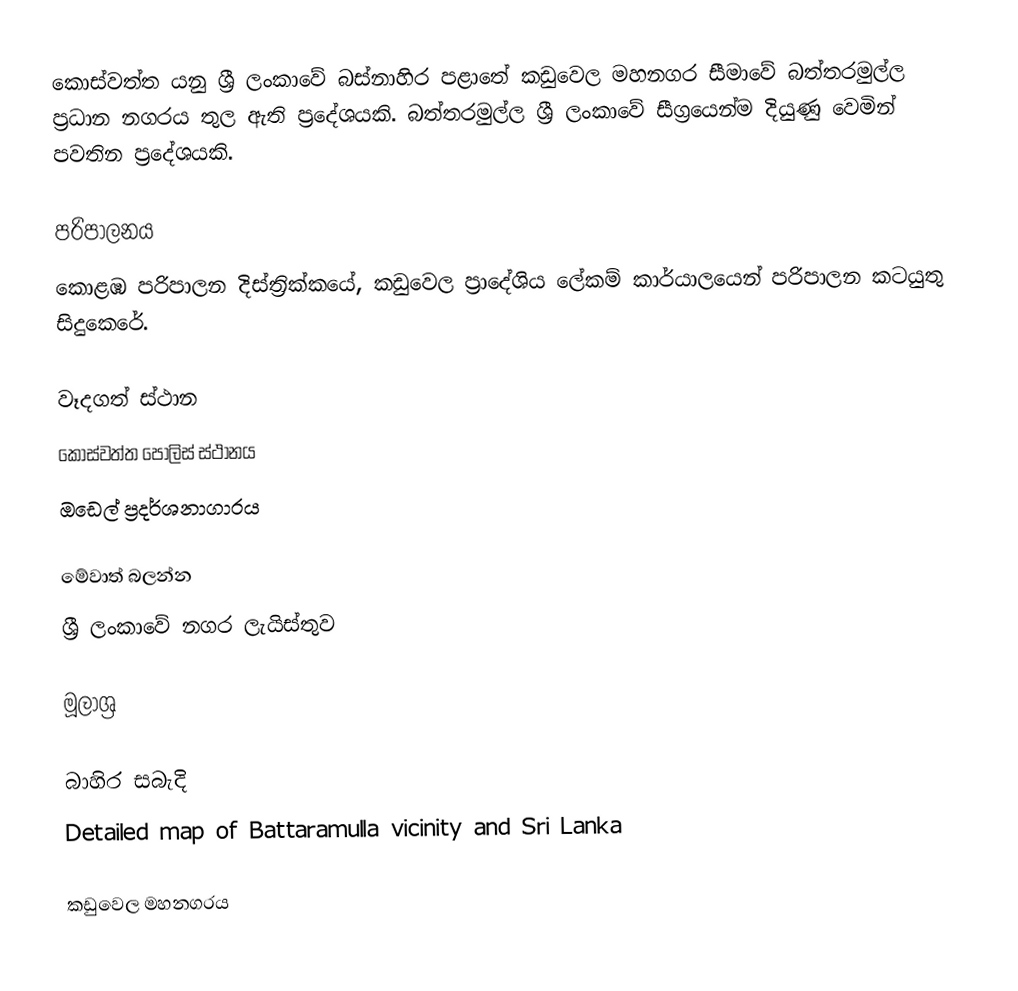
කොස්වත්ත යනු ශ්‍රී ලංකාවේ බස්නාහිර පළාතේ  කඩුවෙල මහනගර සීමාවේ බත්තරමුල්ල ප්‍රධාන නගරය තුල ඇති ප්‍රදේශයකි. බත්තරමුල්ල ශ්‍රී ලංකාවේ සීග්‍රයෙන්ම දියුණු වෙමින් පවතින ප්‍රදේශයකි.

පරිපාලනය
කොළඹ පරිපාලන දිස්ත්‍රික්කයේ, කඩුවෙල ප්‍රාදේශිය ලේකම් කාර්යාලයෙන් පරිපාලන කටයුතු සිදුකෙරේ.

වෑදගත් ස්ථාන
කොස්වත්ත පොලිස් ස්ථානය
ඔඩෙල් ප්‍රදර්ශනාගාරය

මේවාත් බලන්න
ශ්‍රී ලංකාවේ නගර ලැයිස්තුව

මූලාශ්‍ර

බාහිර සබැදි
Detailed map of Battaramulla vicinity and Sri Lanka

කඩුවෙල මහනගරය